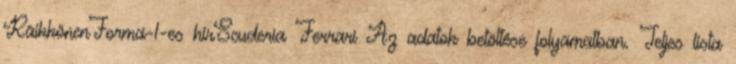
RäikkönenForma-1-es hírScuderia Ferrari Az adatok betöltése folyamatban. Teljes lista